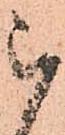
被